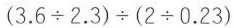
$$( 3 . 6 \div 2 . 3 ) \div ( 2 \div 0 . 2 3 )$$